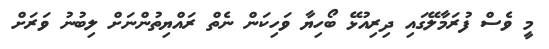
މީ ވެސް ފުރަމާލޭގައި ދިރިއުޅޭ ބޯހިޔާ ވަހިކަން ނެތް ރައްޔިތުންނަށް ލިބުނު ވަރަށް